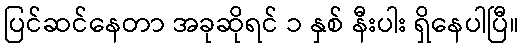
ပြင်ဆင်နေတာ အခုဆိုရင် ၁ နှစ် နီးပါး ရှိနေပါပြီ။